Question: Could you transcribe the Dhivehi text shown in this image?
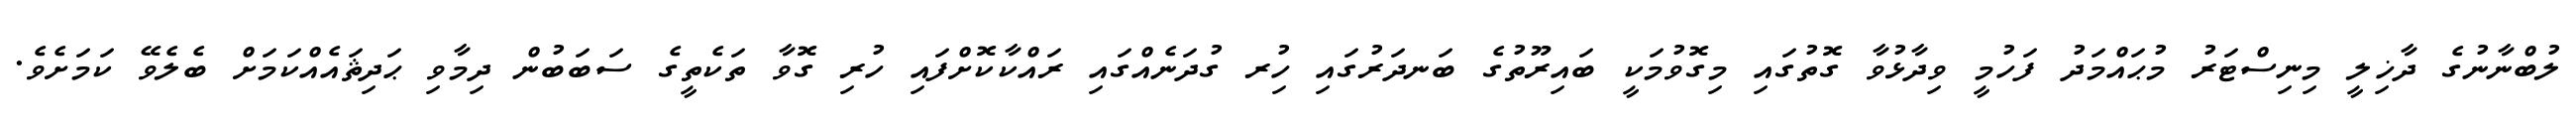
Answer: ލުބްނާނުގެ ދާޚިލީ މިނިސްޓަރު މުޙައްމަދު ފަހުމީ ވިދާޅުވާ ގޮތުގައި މިގޮވުމަކީ ބައިރޫތުގެ ބަނދަރުގައި ހުިރ ގުދަނެއްގައި ރައްކާކޮށްފައި ހުރި ގޮވާ ތަކެތީގެ ސަބަބުން ދިމާވި ޙަދިޘައެއްކަމަށް ބެލެވޭ ކަމަށެވެ.